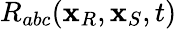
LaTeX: R_{abc}(\mathbf{x}_{R},\mathbf{x}_{S},t)